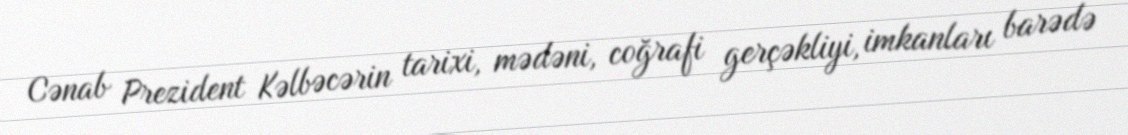
Cənab Prezident Kəlbəcərin tarixi, mədəni, coğrafi gerçəkliyi, imkanları barədə